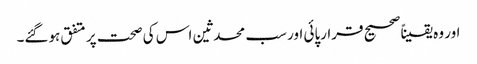
اور وہ یقیناً صحیح قرارپائی اور سب محدثین اس کی صحت پر متفق ہوگئے۔